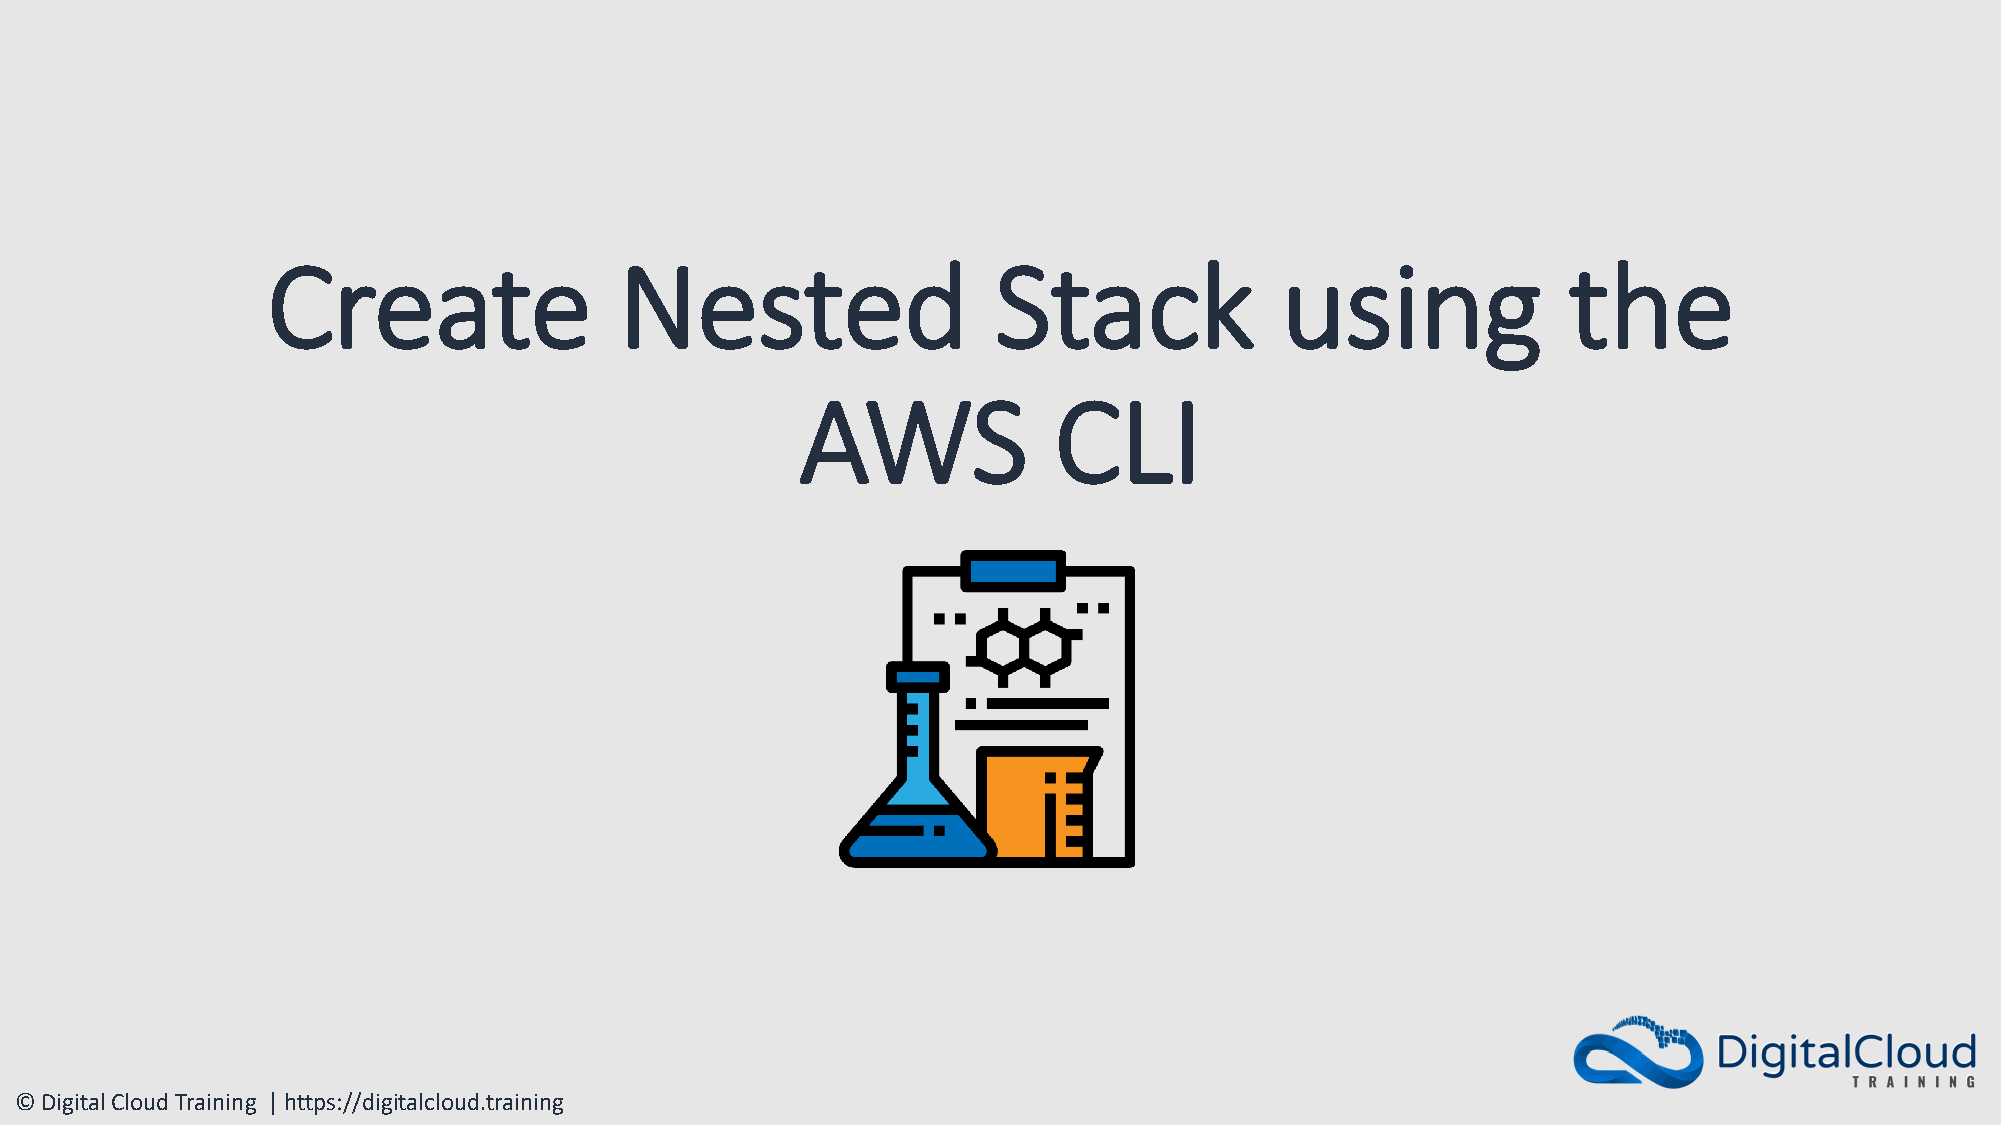
Create                 Nested                   Stack              using              the
 AWS              CLI
 © Digital Cloud Training | https://digitalcloud.training